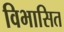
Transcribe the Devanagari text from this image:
विभासित